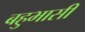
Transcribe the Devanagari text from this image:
बहुभासी